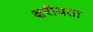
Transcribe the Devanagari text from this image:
क्षरीयता